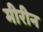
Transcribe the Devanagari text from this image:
मीरीन